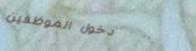
دخول الموظفين